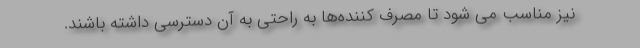
نیز مناسب می شود تا مصرف کننده‌ها به راحتی به آن دسترسی داشته باشند.